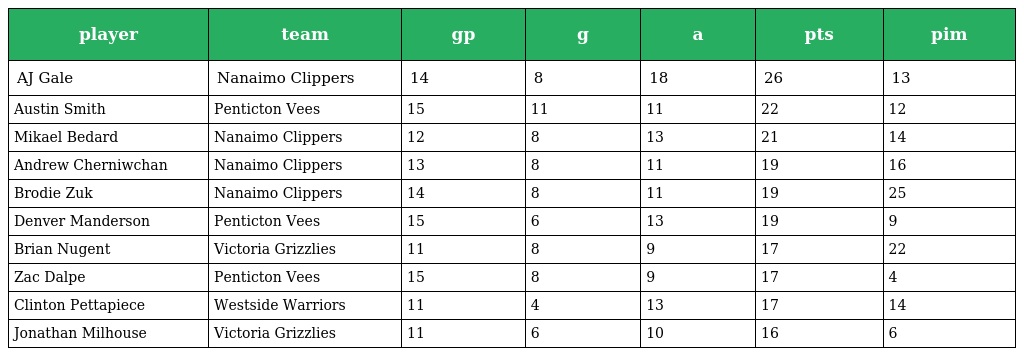
| player | team | gp | g | a | pts | pim |
 | --- | --- | --- | --- | --- | --- | --- |
 | AJ Gale | Nanaimo Clippers | 14 | 8 | 18 | 26 | 13 |
 | Austin Smith | Penticton Vees | 15 | 11 | 11 | 22 | 12 |
 | Mikael Bedard | Nanaimo Clippers | 12 | 8 | 13 | 21 | 14 |
 | Andrew Cherniwchan | Nanaimo Clippers | 13 | 8 | 11 | 19 | 16 |
 | Brodie Zuk | Nanaimo Clippers | 14 | 8 | 11 | 19 | 25 |
 | Denver Manderson | Penticton Vees | 15 | 6 | 13 | 19 | 9 |
 | Brian Nugent | Victoria Grizzlies | 11 | 8 | 9 | 17 | 22 |
 | Zac Dalpe | Penticton Vees | 15 | 8 | 9 | 17 | 4 |
 | Clinton Pettapiece | Westside Warriors | 11 | 4 | 13 | 17 | 14 |
 | Jonathan Milhouse | Victoria Grizzlies | 11 | 6 | 10 | 16 | 6 |